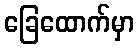
ခြေထောက်မှာ